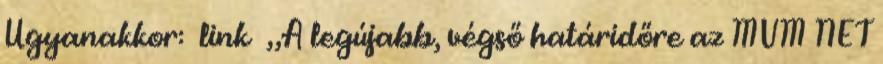
Ugyanakkor: link „A legújabb, végső határidőre az MVM NET